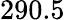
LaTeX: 290.5